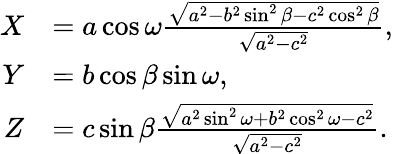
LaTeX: {\begin{array}{rl}{X}&{=a\cos\omega{\frac{\sqrt{a^{2}-b^{2}\sin^{2}\beta-c^{2}\cos^{2}\beta}}{\sqrt{a^{2}-c^{2}}}},}\\ {Y}&{=b\cos\beta\sin\omega,}\\ {Z}&{=c\sin\beta{\frac{\sqrt{a^{2}\sin^{2}\omega+b^{2}\cos^{2}\omega-c^{2}}}{\sqrt{a^{2}-c^{2}}}}.}\end{array}}